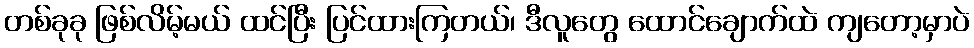
တစ်ခုခု ဖြစ်လိမ့်မယ် ထင်ပြီး ပြင်ထားကြတယ်၊ ဒီလူတွေ ထောင်ချောက်ထဲ ကျတော့မှာပဲ